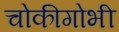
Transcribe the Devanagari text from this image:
चोकीगोभी